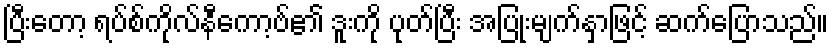
ပြီးတော့ ရပ်စ်ကိုလ်နီကော့ဗ်၏ ဒူးကို ပုတ်ပြီး အပြုံးမျက်နှာဖြင့် ဆက်ပြောသည်။